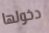
دخولها